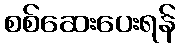
စစ်ဆေးပေးရန်